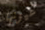
عيونها